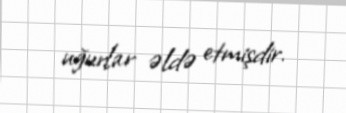
uğurlar əldə etmişdir.